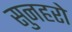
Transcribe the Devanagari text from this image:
सुनहरो